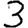
Digit: 3